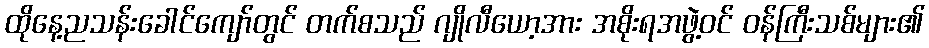
ထိုနေ့ညသန်းခေါင်ကျော်တွင် တက်စသည် ဂျိုလီယော့အား အစိုးရအဖွဲ့ဝင် ဝန်ကြီးသစ်များ၏